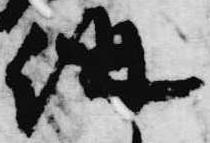
講